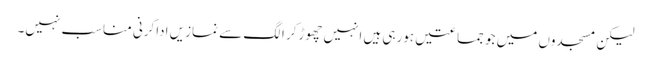
لیکن مسجدوں میں جو جماعتیں ہورہی ہیں انہیں چھوڑکر الگ سے نمازیں اداکرنی مناسب نہیں۔